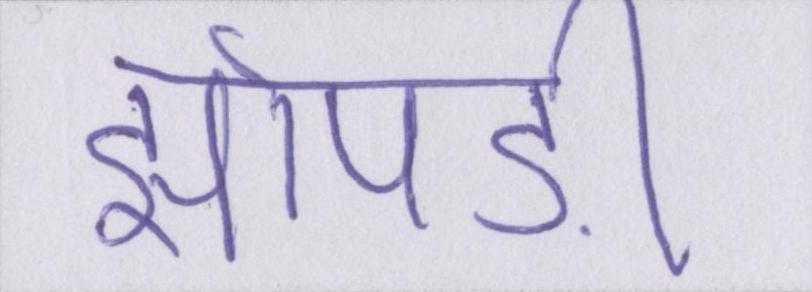
झोपङीं